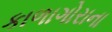
કાળાગોરાના